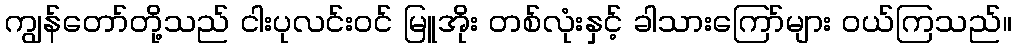
ကျွန်တော်တို့သည် ငါးပုလင်းဝင် မြူအိုး တစ်လုံးနှင့် ခါသားကြော်များ ဝယ်ကြသည်။